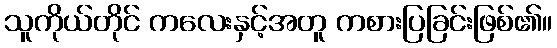
သူကိုယ်တိုင် ကလေးနှင့်အတူ ကစားပြခြင်းဖြစ်၏။